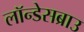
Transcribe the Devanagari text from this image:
लॉन्डेसब्राउ